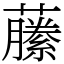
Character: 䕨